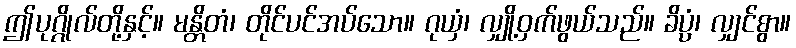
ဤပုဂ္ဂိုလ်တို့နှင့်။ မန္တိတံ၊ တိုင်ပင်အပ်သော။ ဂုယှံ၊ လျှို့ဝှက်ဖွယ်သည်။ ခိပ္ပံ၊ လျှင်စွာ။